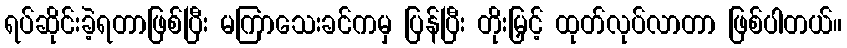
ရပ်ဆိုင်းခဲ့ရတာဖြစ်ပြီး မကြာသေးခင်ကမှ ပြန်ပြီး တိုးမြှင့် ထုတ်လုပ်လာတာ ဖြစ်ပါတယ်။